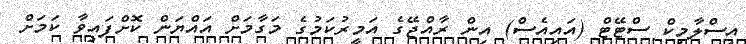
އިސްލާމިކް ސްޓޭޓް (އައިއެސް) އިން ރާއްޖޭގެ އަމީރުކަމުގެ މަގާމަށް އައްޔަން ކޮށްފައިވާ ކަމަށް